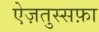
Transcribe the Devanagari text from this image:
ऐज़तुस्सफ़ा